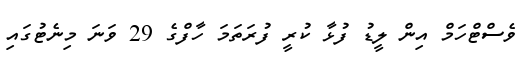
ވެސްޓްހަމް އިން ލީޑު ފުޅާ ކުރީ ފުރަތަމަ ހާފްގެ 29 ވަނަ މިނެޓުގައި